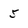
Character: 5